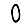
Digit: 0